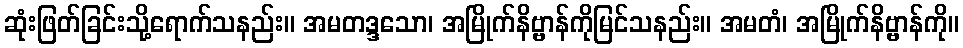
ဆုံးဖြတ်ခြင်းသို့ရောက်သနည်း။ အမတဒ္ဒသော၊ အမြိုက်နိဗ္ဗာန်ကိုမြင်သနည်း။ အမတံ၊ အမြိုက်နိဗ္ဗာန်ကို။